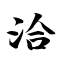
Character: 洽